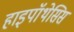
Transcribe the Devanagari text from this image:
हाइपॉथेसिस